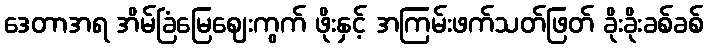
ဒေတာအရ အိမ်ခြံမြေဈေးကွက် ဖိုးနှင့် အကြမ်းဖက်သတ်ဖြတ် ခိုးခိုးခစ်ခစ်